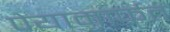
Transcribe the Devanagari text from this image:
पेयामार्फत